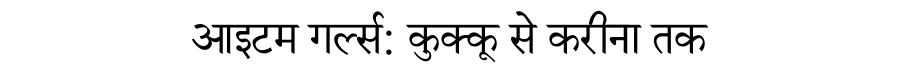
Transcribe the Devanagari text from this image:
आइटम गर्ल्स: कुक्कू से करीना तक